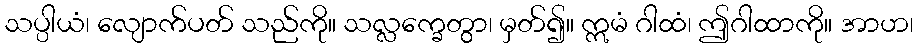
သပ္ပါယံ၊ လျောက်ပတ် သည်ကို။ သလ္လက္ခေတွာ၊ မှတ်၍။ ဣမံ ဂါထံ၊ ဤဂါထာကို။ အာဟ၊